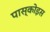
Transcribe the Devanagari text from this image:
पास्कोइस